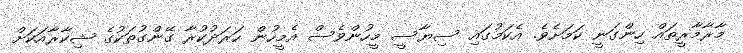
މާރާމާރީތައް ހިންގަނީ ކަމަށެވެ. އެކަމުގައި ސިޔާސީ މީހުންވެސް އެމީހުން ހަރަދުުކުރާ ގޭންގުތަކުގެ ޝިކާރާއަކަށް